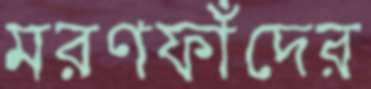
মরণফাঁদের